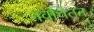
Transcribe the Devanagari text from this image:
नवचिंतन